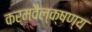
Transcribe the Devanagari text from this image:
कर्मवैल्क्षण्य